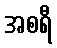
အစရီ